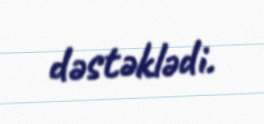
dəstəklədi.